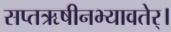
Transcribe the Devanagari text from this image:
सप्तऋषीनभ्यावतेर्।